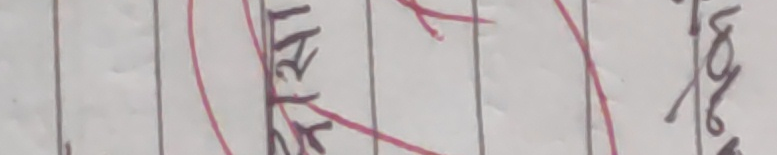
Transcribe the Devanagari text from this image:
नरहे